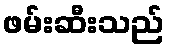
ဖမ်းဆီးသည်